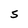
Character: S